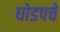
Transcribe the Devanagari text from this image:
धोडपचे